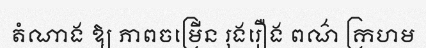
តំណាង ឱ្យ ភាពចម្រើន រុងរឿង ពណ៌ ក្រហម